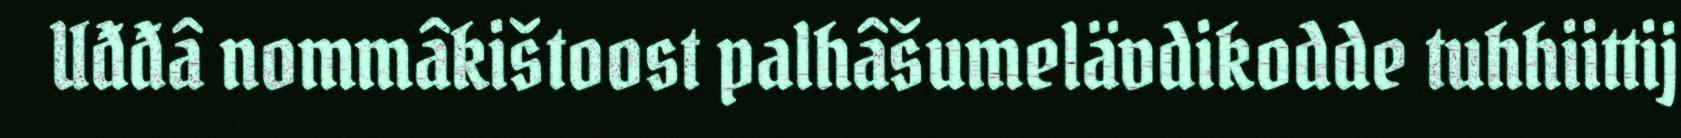
Uđđâ nommâkištoost palhâšumelävdikodde tuhhiittij